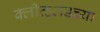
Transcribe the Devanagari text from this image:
क्लीव्हलंडच्या